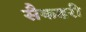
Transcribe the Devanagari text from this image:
सैकडरी